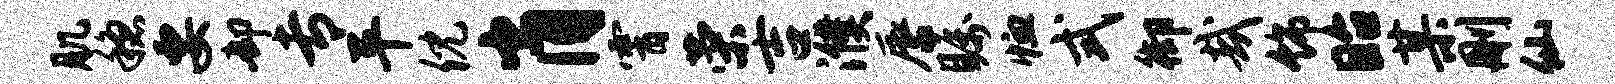
肌稳要却专平倪肖霄荣吉濮唇瞩恤式御哉饰眙某删仙